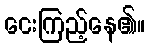
ငေးကြည့်နေ၏။